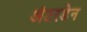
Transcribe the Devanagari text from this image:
अंटरडेन